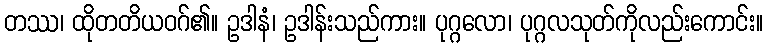
တဿ၊ ထိုတတိယဝဂ်၏။ ဥဒါနံ၊ ဥဒါန်းသည်ကား။ ပုဂ္ဂလော၊ ပုဂ္ဂလသုတ်ကိုလည်းကောင်း။